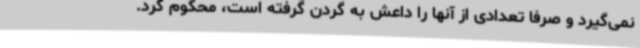
نمی‌گیرد و صرفا تعدادی از آنها را داعش به گردن گرفته است، محکوم کرد.